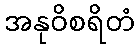
အနုဝိစရိတံ